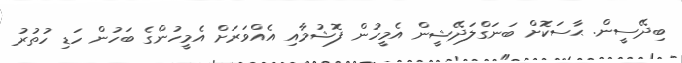
ބިދޭސީން. ޙާސަކޮށްް ބަނަގްލަދޭޝީން އެމީހުން ފޮޝުމާއި އެއްވަރަށް އެމީހުންގެ ބަހުން ހަޑި ހުތުރު